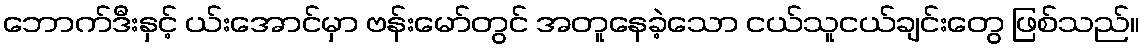
ဘောက်ဒီးနှင့် ယ်းအောင်မှာ ဗန်းမော်တွင် အတူနေခဲ့သော ငယ်သူငယ်ချင်းတွေ ဖြစ်သည်။